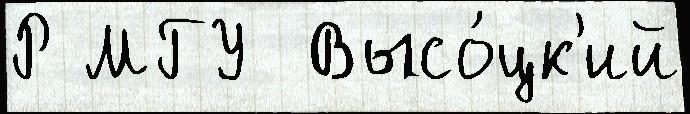
Р МГУ  Высо́цк'ий